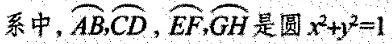
系中，\stackrel\frown{AB}，\stackrel\frown{CD}，\stackrel\frown{EF}，\stackrel\frown{GH}是圆$$x ^ { 2 } + y ^ { 2 } = 1$$